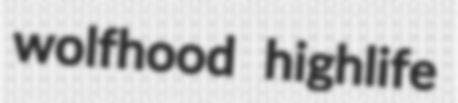
wolfhood highlife